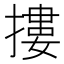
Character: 摟